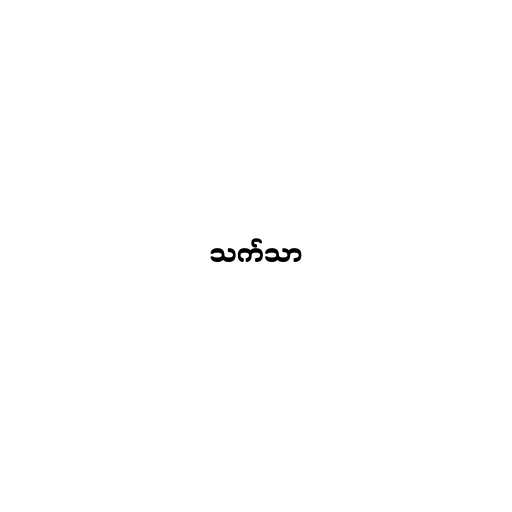
သက်သာ